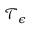
{ \mathcal T } _ { \epsilon }